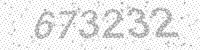
Solution: 673232